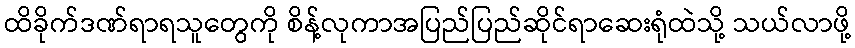
ထိခိုက်ဒဏ်ရာရသူတွေကို စိန့်လုကာအပြည်ပြည်ဆိုင်ရာဆေးရုံထဲသို့ သယ်လာဖို့